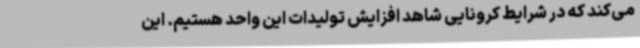
می‌کند که در شرایط کرونایی شاهد افزایش تولیدات این واحد هستیم. این